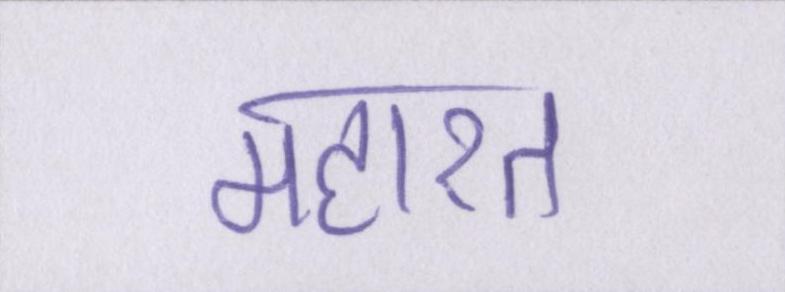
महारत